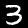
Digit: 3